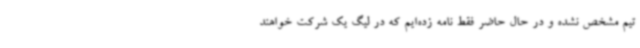
تیم مشخص نشده و در حال حاضر فقط نامه زده‌ایم که در لیگ یک شرکت خواهند